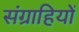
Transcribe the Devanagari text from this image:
संग्राहियों